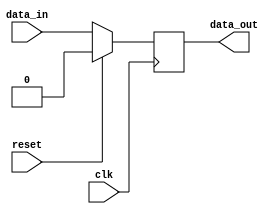
module synchronous_design_element (
    input clk,
    input reset,
    input data_in,
    output reg data_out
);

always @(posedge clk) begin
    if (reset) begin
        data_out <= 1'b0; // Initialize to 0 when reset is asserted
    end else begin
        data_out <= data_in; // Update data_out with data_in on the rising edge of the clock
    end
end

endmodule